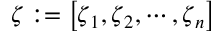
\boldsymbol \zeta : = \left[ \boldsymbol \zeta _ { 1 } , \boldsymbol \zeta _ { 2 } , \cdots , \boldsymbol \zeta _ { n } \right]